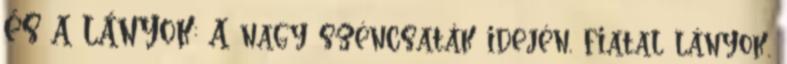
ÉS A LÁNYOK: A nagy széncsaták idején, fiatal lányok,